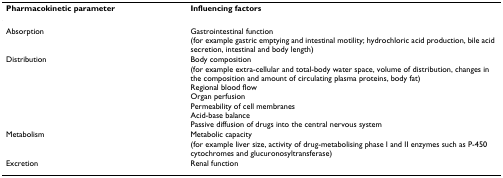
<table><thead><tr><td><b>Pharmacokinetic parameter</b></td><td><b>Influencing factors</b></td></tr></thead><tbody><tr><td>Absorption</td><td>Gastrointestinal function (for example gastric emptying and intestinal motility; hydrochloric acid production, bile acid secretion, intestinal and body length)</td></tr><tr><td>Distribution</td><td>Body composition (for example extra-cellular and total-body water space, volume of distribution, changes in the composition and amount of circulating plasma proteins, body fat)Regional blood flowOrgan perfusionPermeability of cell membranesAcid-base balancePassive diffusion of drugs into the central nervous system</td></tr><tr><td>Metabolism</td><td>Metabolic capacity (for example liver size, activity of drug-metabolising phase I and II enzymes such as P-450 cytochromes and glucuronosyltransferase)</td></tr><tr><td>Excretion</td><td>Renal function</td></tr></tbody></table>